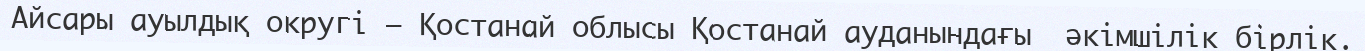
Айсары ауылдық округі – Қостанай облысы Қостанай ауданындағы  әкімшілік бірлік.